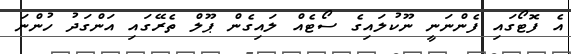
އެ ފޮޓޯގައި ފެންނަނީ ނޫކުލައިގެ ސޯޓެއް ލައިގެން ޕޫލް ތެރޭގައި އަންގަދު ހުންނަ